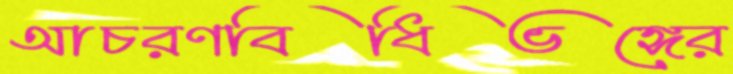
আচরণবিধিভঙ্গের